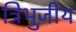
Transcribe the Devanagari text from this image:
त्रिभुजीय